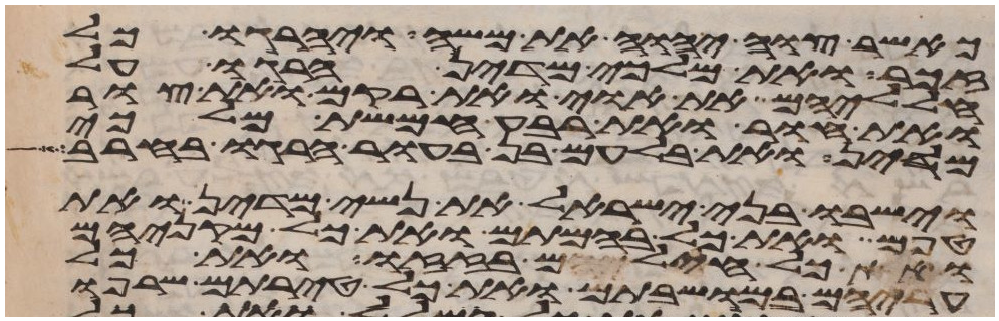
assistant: כאשר צוה יהוה את משה ויהרגו כל
זכר ואת מלכי מדין הרגו על
חלליהם את אוי ואת רקם ואת צור
ואת חור ואת רבע חמשת מלכי
מדין ואת בלעם בן בעור הרגו בחרב
וישבו בני ישראל את נשי מדין ואת
טפם ואת כל בהמתם ואת כל מקניהם
ואת כל חילם בזזו ואת כל
עריהם במושבתם ואת כל טירתם שרפו